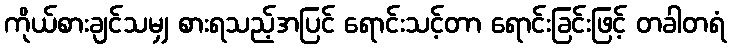
ကိုယ်စားချင်သမျှ စားရသည့်အပြင် ရောင်းသင့်တာ ရောင်းခြင်းဖြင့် တခါတရံ